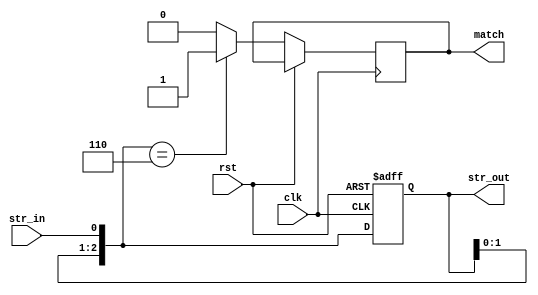
module hw5(str_out, match, rst, str_in, clk);
 input clk, rst, str_in ;
 output reg[2:0]str_out;
 output reg match;
 reg out,current_state, next_state;
 parameter state0 = 0, state1 = 1,state2 = 2,state3 = 3; 

 always@(posedge clk or posedge rst)
	begin //CS
	if(rst) current_state <= state0;
	else current_state <= next_state;	    
	end
 
always@(current_state or str_in)
	begin //NS
	case(current_state)
	state0:
		next_state = (str_in==0)?state1:state0;
	state1:
		next_state = (str_in==0)?state0:state2;
	state2:
		next_state = (str_in==0)?state3:state2;
	state3:
		next_state = (str_in==0)?state0:state1;
		
	endcase
	end
	
always@(posedge clk or posedge rst)
if(rst)str_out=0;
else
	begin //OL
	
	str_out[2]=str_out[1];
	str_out[1]=str_out[0];
	str_out[0]=str_in;
	match=(str_out==6)?1:0;
	end 	
endmodule